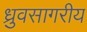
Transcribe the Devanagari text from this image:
ध्रुवसागरीय